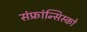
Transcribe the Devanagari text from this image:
संफ्रांन्सिस्को